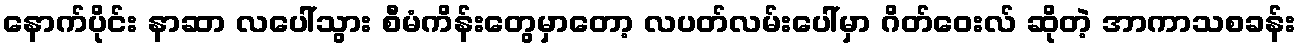
နောက်ပိုင်း နာဆာ လပေါ်သွား စီမံကိန်းတွေမှာတော့ လပတ်လမ်းပေါ်မှာ ဂိတ်ဝေးလ် ဆိုတဲ့ အာကာသစခန်း